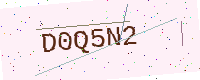
Text: D0Q5N2